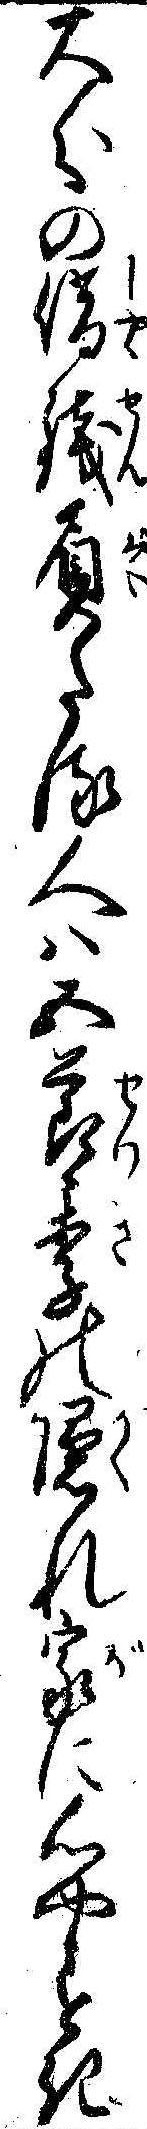
大分の借銭屓たる人は五節季の隠れ家に心やすき